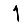
Digit: 1